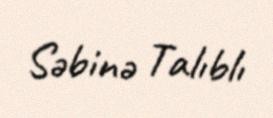
Səbinə Talıblı